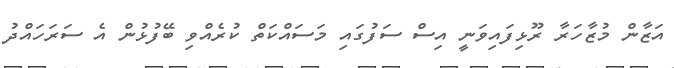
އަޒާން މުޒާހަރާ ރޫޅިފައިވަނީ އިސް ސަފުގައި މަސައްކަތް ކުރެއްވި ބޭފުޅުން އެ ސަރަހައްދު